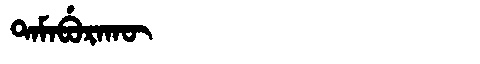
Manchu: ᡨᠠᠮᠠᠪᡠᡵᠠᡴᡡ
Romanization: TAMABURAKŪ